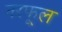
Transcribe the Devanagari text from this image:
नरफूल